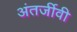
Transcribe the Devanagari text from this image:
अंतर्जीवी